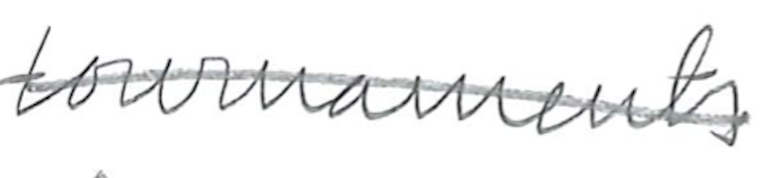
Text: tournaments
Cross-out: single-line
Writing tool: pencil